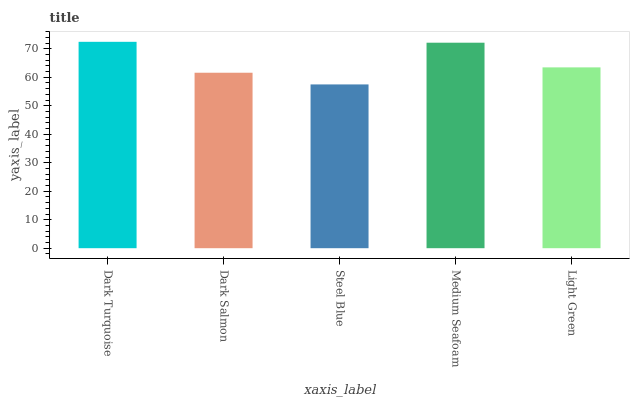
| xaxis_label | bars |
 | --- | --- |
 | Dark Turquoise | 72.5 |
 | Dark Salmon | 61.6 |
 | Steel Blue | 57.5 |
 | Medium Seafoam | 72.1 |
 | Light Green | 63.5 |